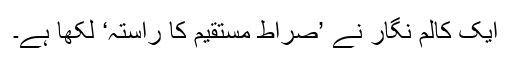
ایک کالم نگار نے ’صِراط مستقیم کا راستہ‘ لکھا ہے۔